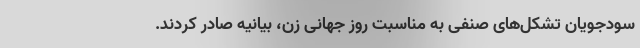
سودجویان تشکل‌های صنفی به مناسبت روز جهانی زن، بیانیه صادر کردند.